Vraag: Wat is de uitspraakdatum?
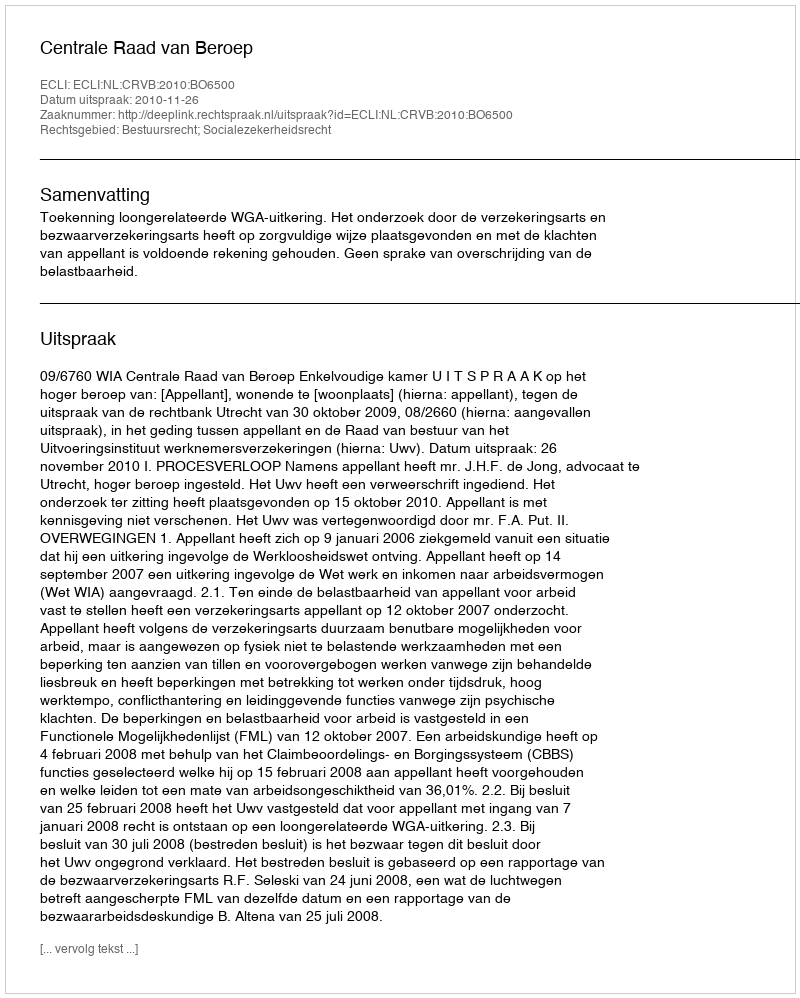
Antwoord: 2010-11-26